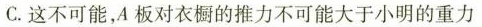
C.这不可能，A板对衣橱的推力不可能大于小明的重力